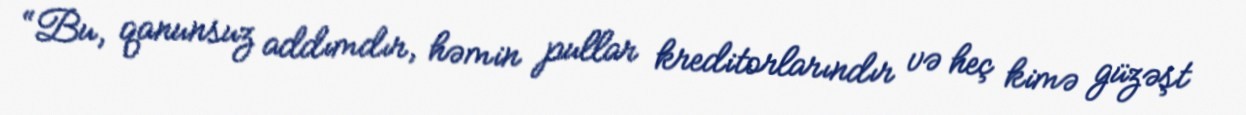
“Bu, qanunsuz addımdır, həmin pullar kreditorlarındır və heç kimə güzəşt